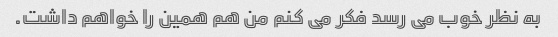
به نظر خوب می رسد فکر می کنم من هم همین را خواهم داشت.